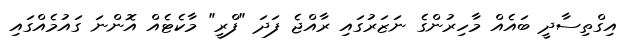
އިގްތިސާދީ ބައެއް މާހިރުންގެ ނަޒަރުގައި ރާއްޖެ ފަދަ "ފްރީ" މާކެޓެއް އޮންނަ ގައުމެއްގައި